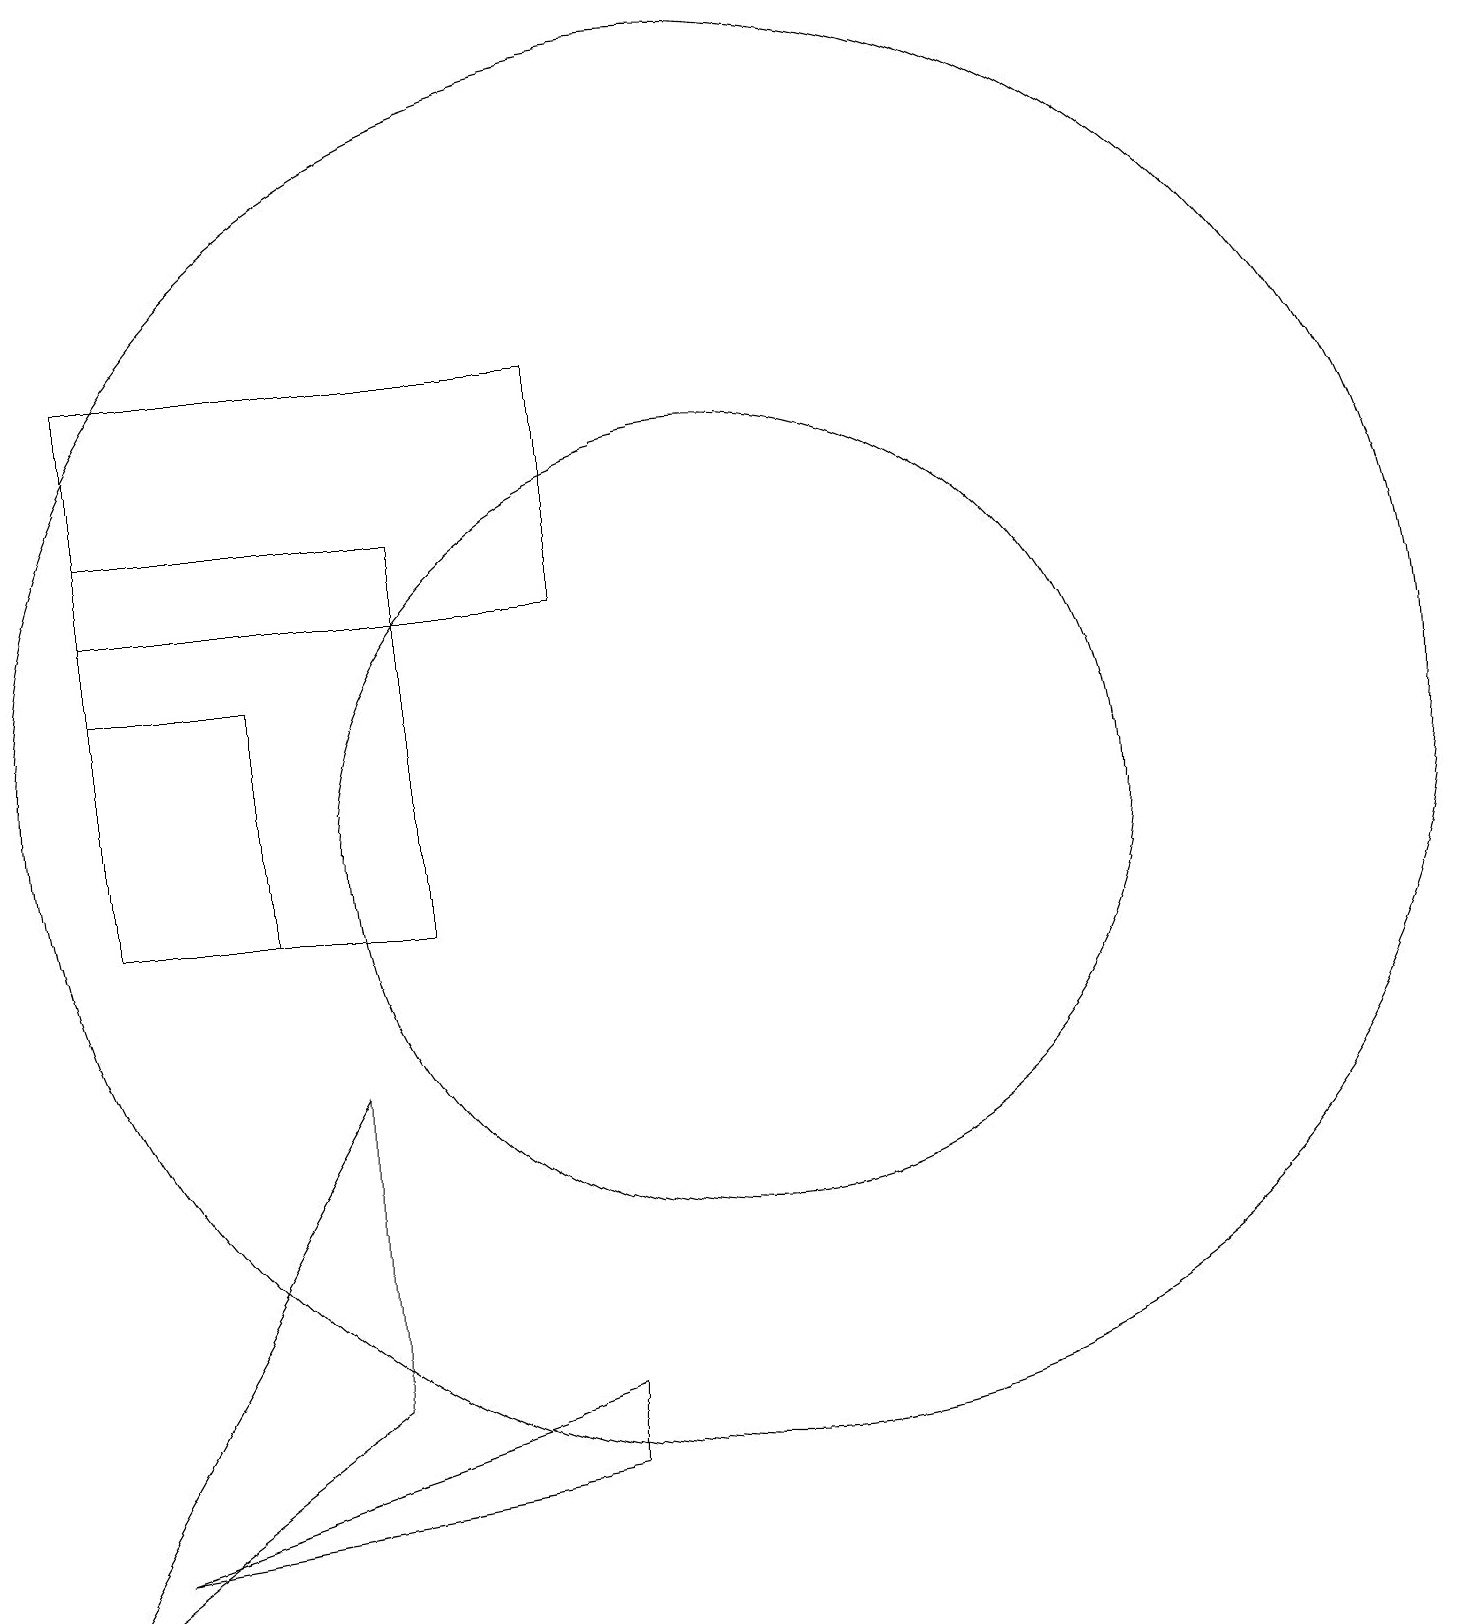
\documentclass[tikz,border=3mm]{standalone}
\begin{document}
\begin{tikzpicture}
\draw (6,10) rectangle (2,15);
\draw (1,1) -- (5,4) -- (5,8) -- cycle;
\draw (10,12) circle (9);
\draw (10,11) circle (5);
\draw (4,13) rectangle (2,10);
\draw (2,17) rectangle (8,14);
\draw (8,3) -- (2,2) -- (8,4) -- cycle;
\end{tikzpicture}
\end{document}